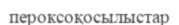
пероксоқосылыстар